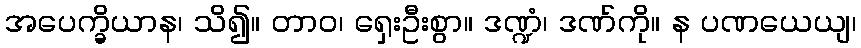
အပေက္ခိယာန၊ သိ၍။ တာဝ၊ ရှေးဦးစွာ။ ဒဏ္ဍံ၊ ဒဏ်ကို။ န ပဏယေယျ၊